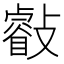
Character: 㪫